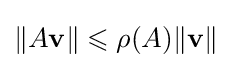
\|A\mathbf {v} \|\leqslant \rho (A)\|\mathbf {v} \|